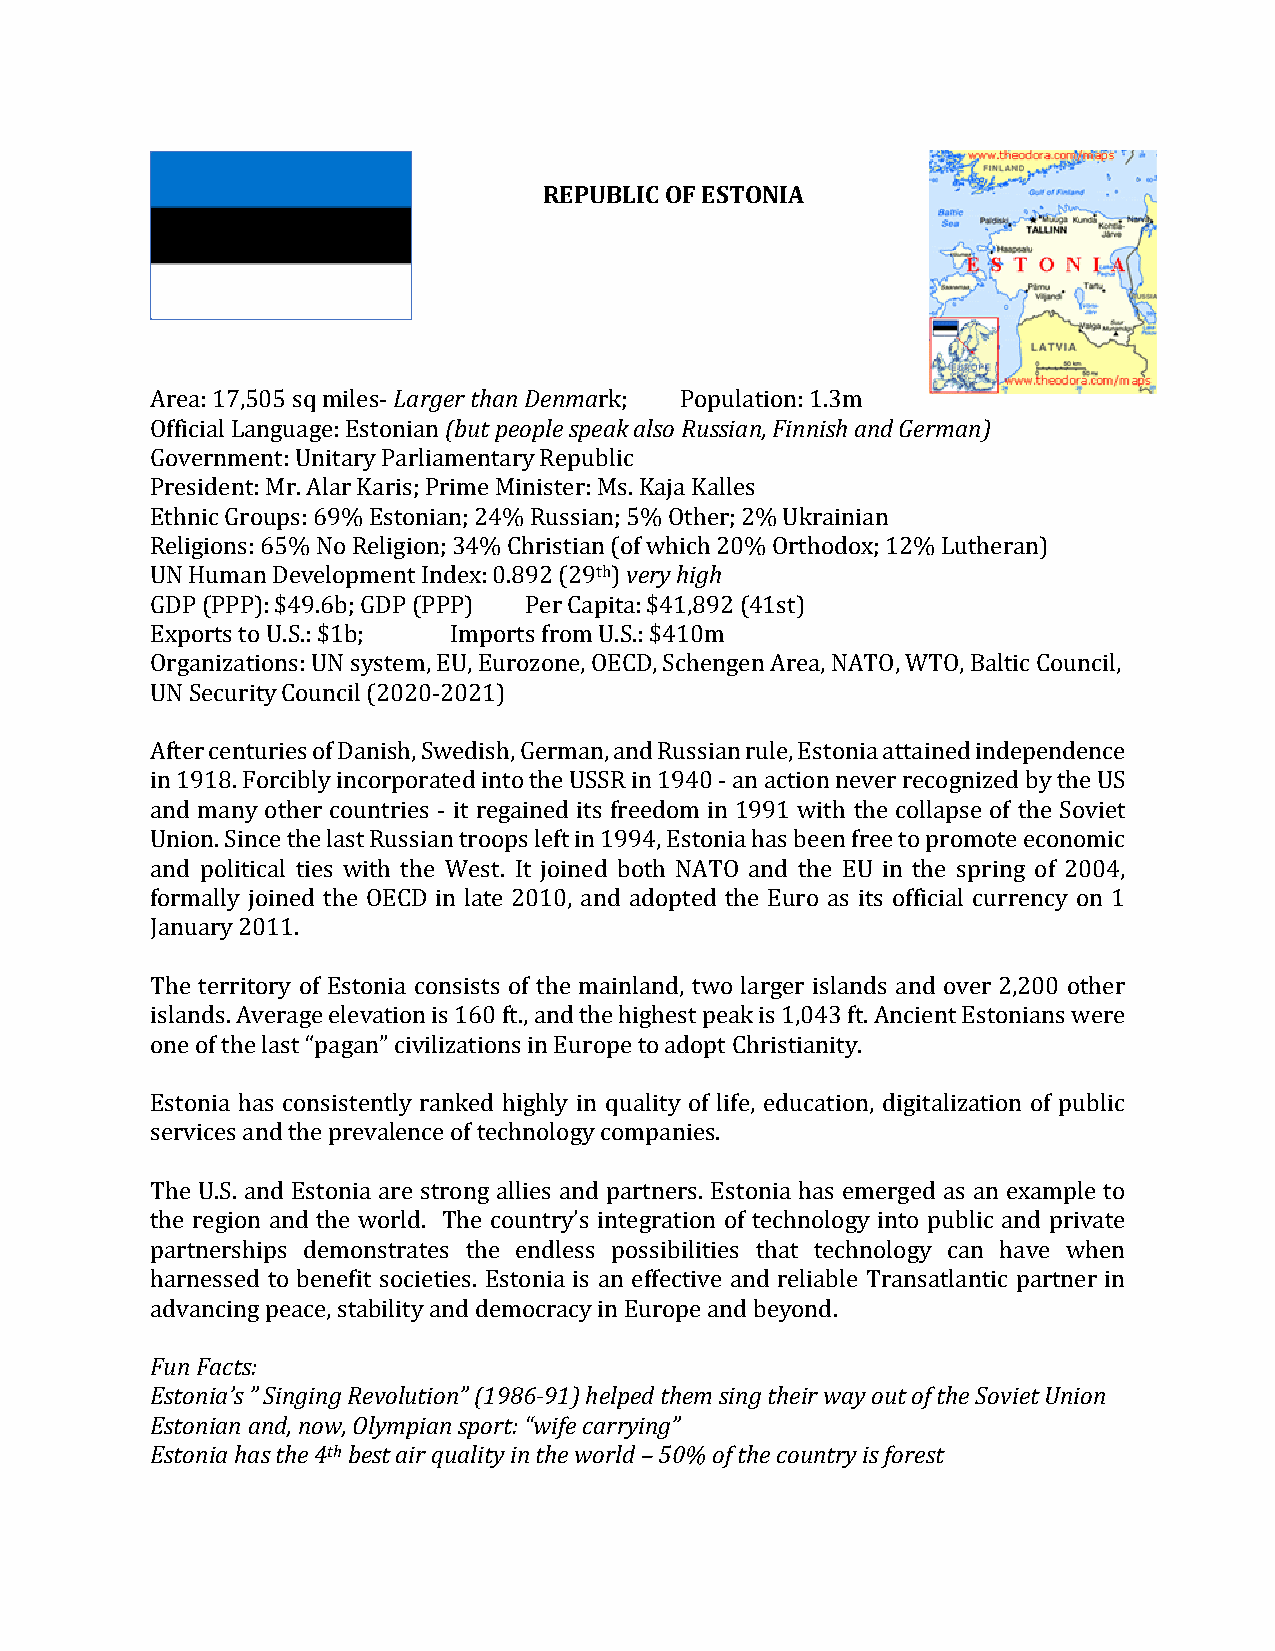
REPUBLIC OF ESTONIA
 Larger than Denma
 (but people speak also Russian, Finnish and German)
 Area: 17,505 sq miles-        rk;  Population: 1.3m
 Official Language: Estonian
 Government: Unitary Parliamentary Republic
 President: Mr. Alar Karis; Prime Minister: Ms. Kaja Kalles
 Ethnic Groups: 69% Estonian; 24% Russian; v5e%ry O htihgehr ; 2% Ukrainian
 Religions: 65% No Religion; 34% Christian (of which 20% Orthodox; 12% Lutheran)
 th
 UN Human Development Index: 0.892 (29 )
 GDP (PPP): $49.6b; GDP (PPP) Per Capita: $41,892 (41st)
 Exports to U.S.: $1b; Imports from U.S.: $410m
 Organizations: UN system, EU, Eurozone, OECD, Schengen Area, NATO, WTO, Baltic Council,
 UN Security Council (2020-2021)
 After centuries of Danish, Swedish, German, and Russian rule, Estonia attained independence
 in 1918. Forcibly incorporated into the USSR in 1940 - an action never recognized by the US
 and many other countries - it regained its freedom in 1991 with the collapse of the Soviet
 Union. Since the last Russian troops left in 1994, Estonia has been free to promote economic
 and political ties with the West. It joined both NATO and the EU in the spring of 2004,
 formally joined the OECD in late 2010, and adopted the Euro as its official currency on 1
 January 2011.
 The territory of Estonia consists of the mainland, two larger islands and over 2,200 other
 islands. Average elevation is 160 ft., and the highest peak is 1,043 ft. Ancient Estonians were
 one of the last “pagan” civilizations in Europe to adopt Christianity.
 Estonia has consistently ranked highly in quality of life, education, digitalization of public
 services and the prevalence of technology companies.
 The U.S. and Estonia are strong allies and partners. Estonia has emerged as an example to
 the region and the world. The country’s integration of technology into public and private
 partnerships demonstrates the endless possibilities that technology can have when
 harnessed to benefit societies. Estonia is an effective and reliable Transatlantic partner in
 aFduvna Fnaccitnsg: peace, stability and democracy in Europe and beyond.
 Estonia’s ” Singing Revolution” (1986-91) helped them sing their way out of the Soviet Union
 Estonian and, now, Olympian sport: “wife carrying”
 Estonia has the 4th best air quality in the world – 50% of the country is forest